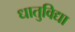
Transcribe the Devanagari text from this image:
धातुविद्या